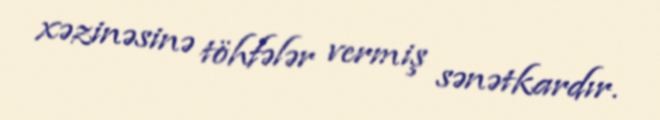
xəzinəsinə töhfələr vermiş sənətkardır.